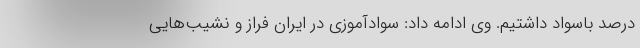
درصد باسواد داشتیم. وی ادامه داد: سوادآموزی در ایران فراز و نشیب‌هایی